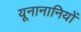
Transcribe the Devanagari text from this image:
यूनानानियों